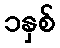
၁နှစ်